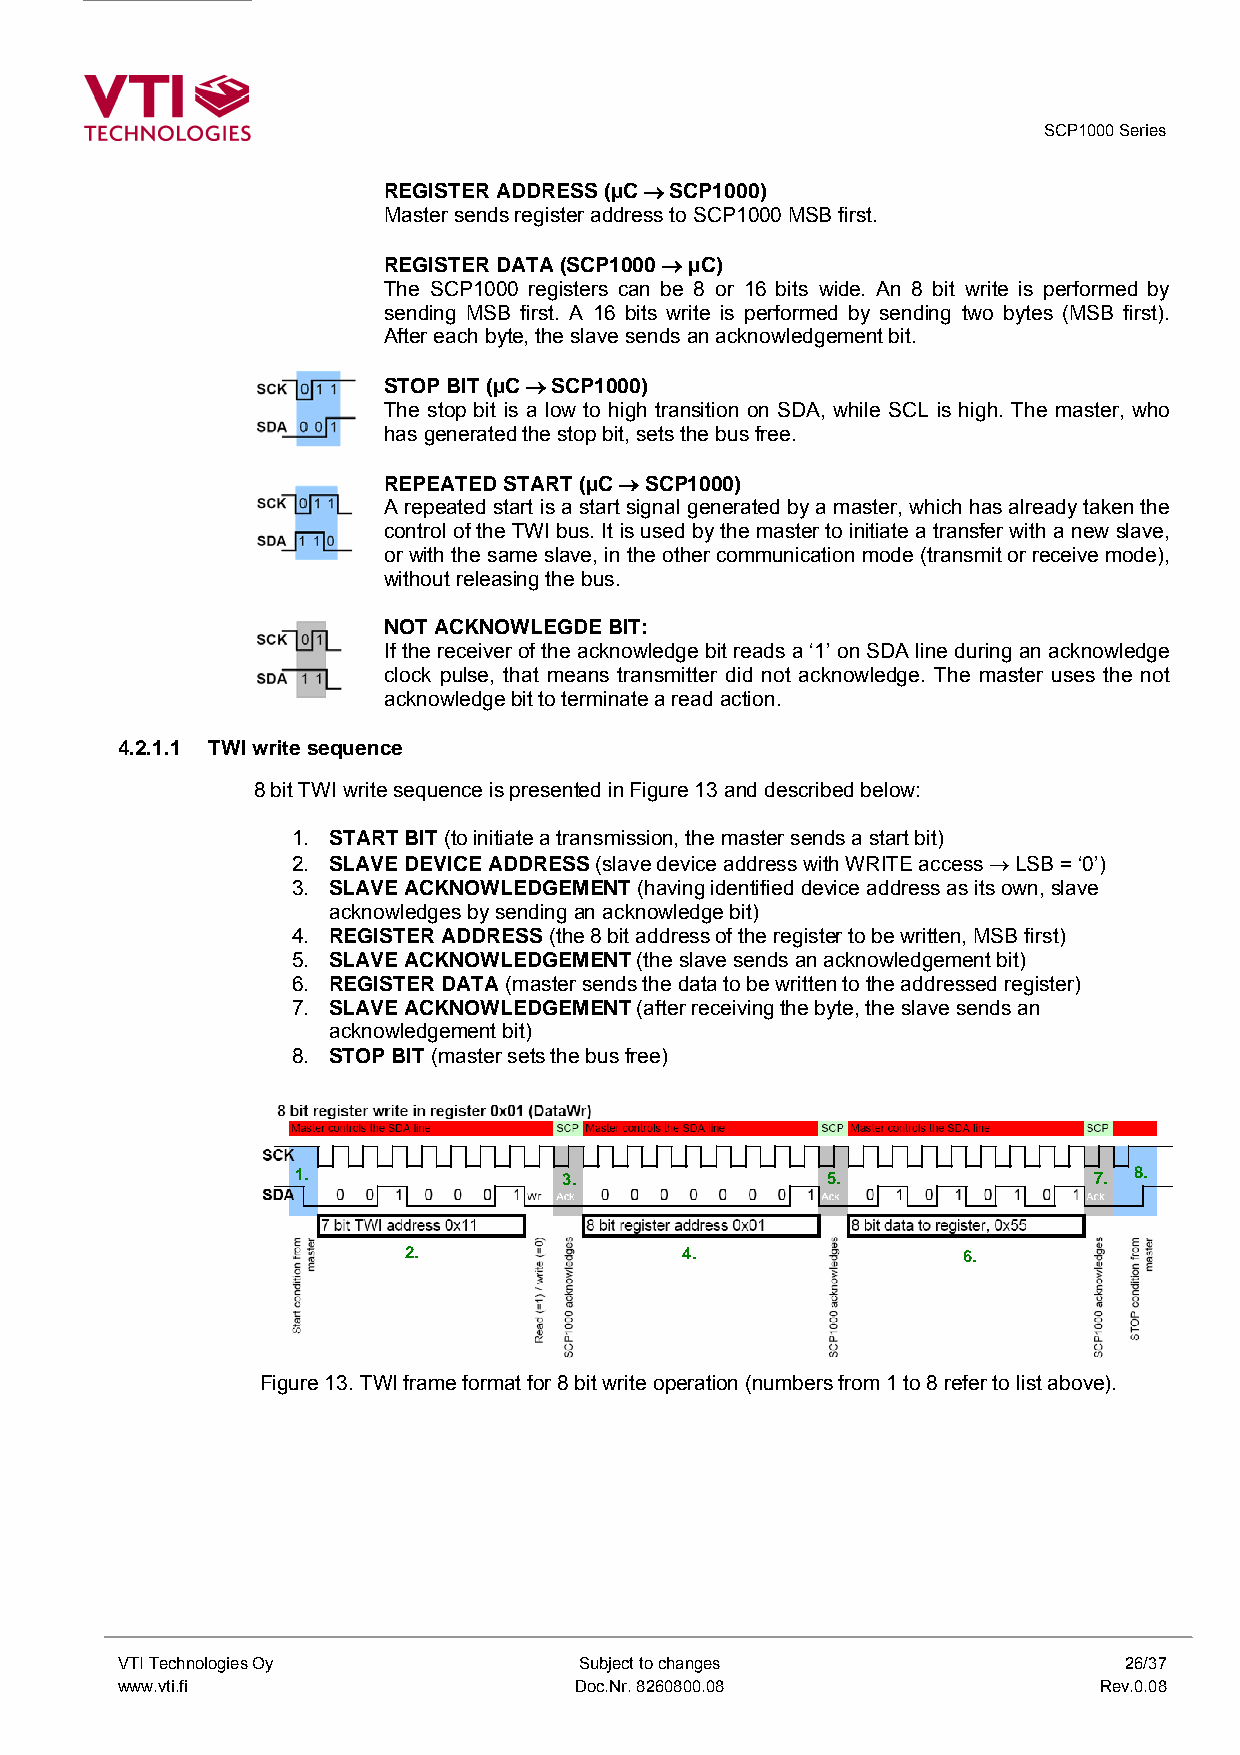
SCP1000 Series
 REGISTER ADDRESS (µC → SCP1000)
 Master sends register address to SCP1000 MSB first.
 REGISTER DATA (SCP1000 → µC)
 The SCP1000 registers can be 8 or 16 bits wide. An 8 bit write is performed by
 sending MSB first. A 16 bits write is performed by sending two bytes (MSB first).
 After each byte, the slave sends an acknowledgement bit.
 STOP BIT (µC → SCP1000)
 The stop bit is a low to high transition on SDA, while SCL is high. The master, who
 has generated the stop bit, sets the bus free.
 REPEATED START (µC → SCP1000)
 A repeated start is a start signal generated by a master, which has already taken the
 control of the TWI bus. It is used by the master to initiate a transfer with a new slave,
 or with the same slave, in the other communication mode (transmit or receive mode),
 without releasing the bus.
 NOT ACKNOWLEGDE BIT:
 If the receiver of the acknowledge bit reads a ‘1’ on SDA line during an acknowledge
 clock pulse, that means transmitter did not acknowledge. The master uses the not
 acknowledge bit to terminate a read action.
 4.2.1.1 TWI write sequence
 8 bit TWI write sequence is presented in Figure 13 and described below:
 1. START BIT (to initiate a transmission, the master sends a start bit)
 2. SLAVE DEVICE ADDRESS (slave device address with WRITE access → LSB = ‘0’)
 3. SLAVE ACKNOWLEDGEMENT (having identified device address as its own, slave
 acknowledges by sending an acknowledge bit)
 4. REGISTER ADDRESS (the 8 bit address of the register to be written, MSB first)
 5. SLAVE ACKNOWLEDGEMENT (the slave sends an acknowledgement bit)
 6. REGISTER DATA (master sends the data to be written to the addressed register)
 7. SLAVE ACKNOWLEDGEMENT (after receiving the byte, the slave sends an
 acknowledgement bit)
 8. STOP BIT (master sets the bus free)
 1.               3.                5.               7. 8.
 2.                4.                 6.
 Figure 13. TWI frame format for 8 bit write operation (numbers from 1 to 8 refer to list above).
 VTI Technologies Oy           Subject to changes                  26/37
 www.vti.fi                    Doc.Nr. 8260800.08                 Rev.0.08